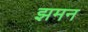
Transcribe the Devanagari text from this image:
झमन